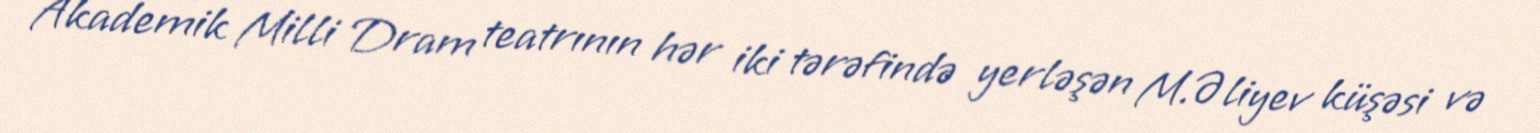
Akademik Milli Dram teatrının hər iki tərəfində yerləşən M.Əliyev küşəsi və